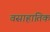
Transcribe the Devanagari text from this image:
वसाहातिक